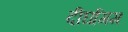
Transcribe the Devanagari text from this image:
दीर्घागम